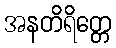
အနတိရိတ္တေ